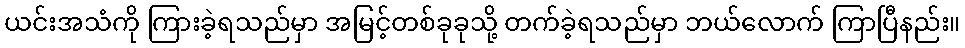
ယင်းအသံကို ကြားခဲ့ရသည်မှာ အမြင့်တစ်ခုခုသို့ တက်ခဲ့ရသည်မှာ ဘယ်လောက် ကြာပြီနည်း။